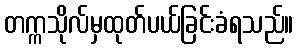
တက္ကသိုလ်မှထုတ်ပယ်ခြင်းခံရသည်။